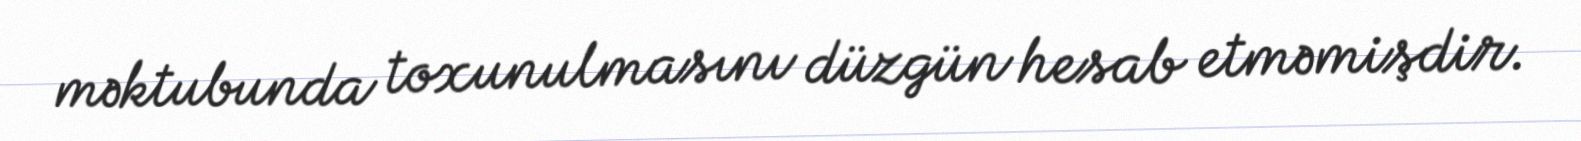
məktubunda toxunulmasını düzgün hesab etməmişdir.